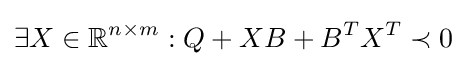
\exists X\in \mathbb {R} ^{n\times m}:Q+XB+B^{T}X^{T}\prec 0